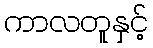
ကာလတူနှင့်